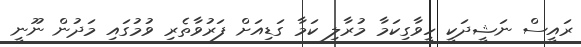
ރައީސް ނަޝީދަކީ ހީވާގިކަމާ މުރާލި ކަމާ ގަޑިއަށް ފަރުވާތެރި ވުމުގައި މަދުން ނޫނީ